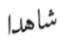
شاهدا